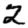
Digit: 2